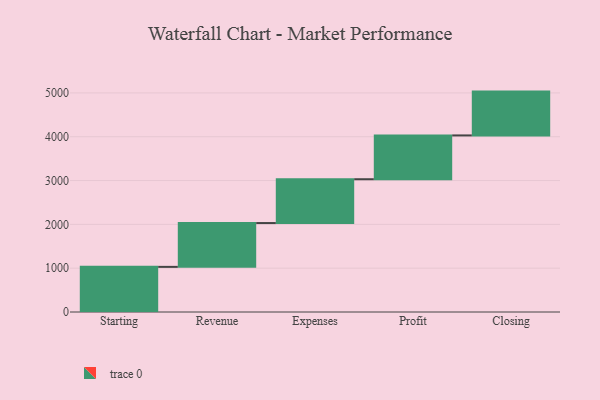
{"axis": {"x": "Step", "y": "Value"}, "legend": [""], "data": [{"x": "Starting", "y": 1030.0, "type": ""}, {"x": "Revenue", "y": 1000, "type": ""}, {"x": "Expenses", "y": 1000, "type": ""}, {"x": "Profit", "y": 1000, "type": ""}, {"x": "Closing", "y": 1000, "type": ""}]}